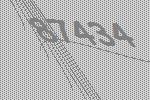
87434